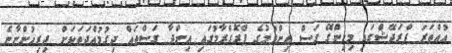
އުއްތަރަ ޕްރަދޭޝްގައި މިހިންގޭ ގަސް އިންދުމުގެ ޕްރޮގްރާމުގައި އިންދާ ގަސްތައް ދިގުމުއްދަތަކަށް ދިރިހުންނާނެ